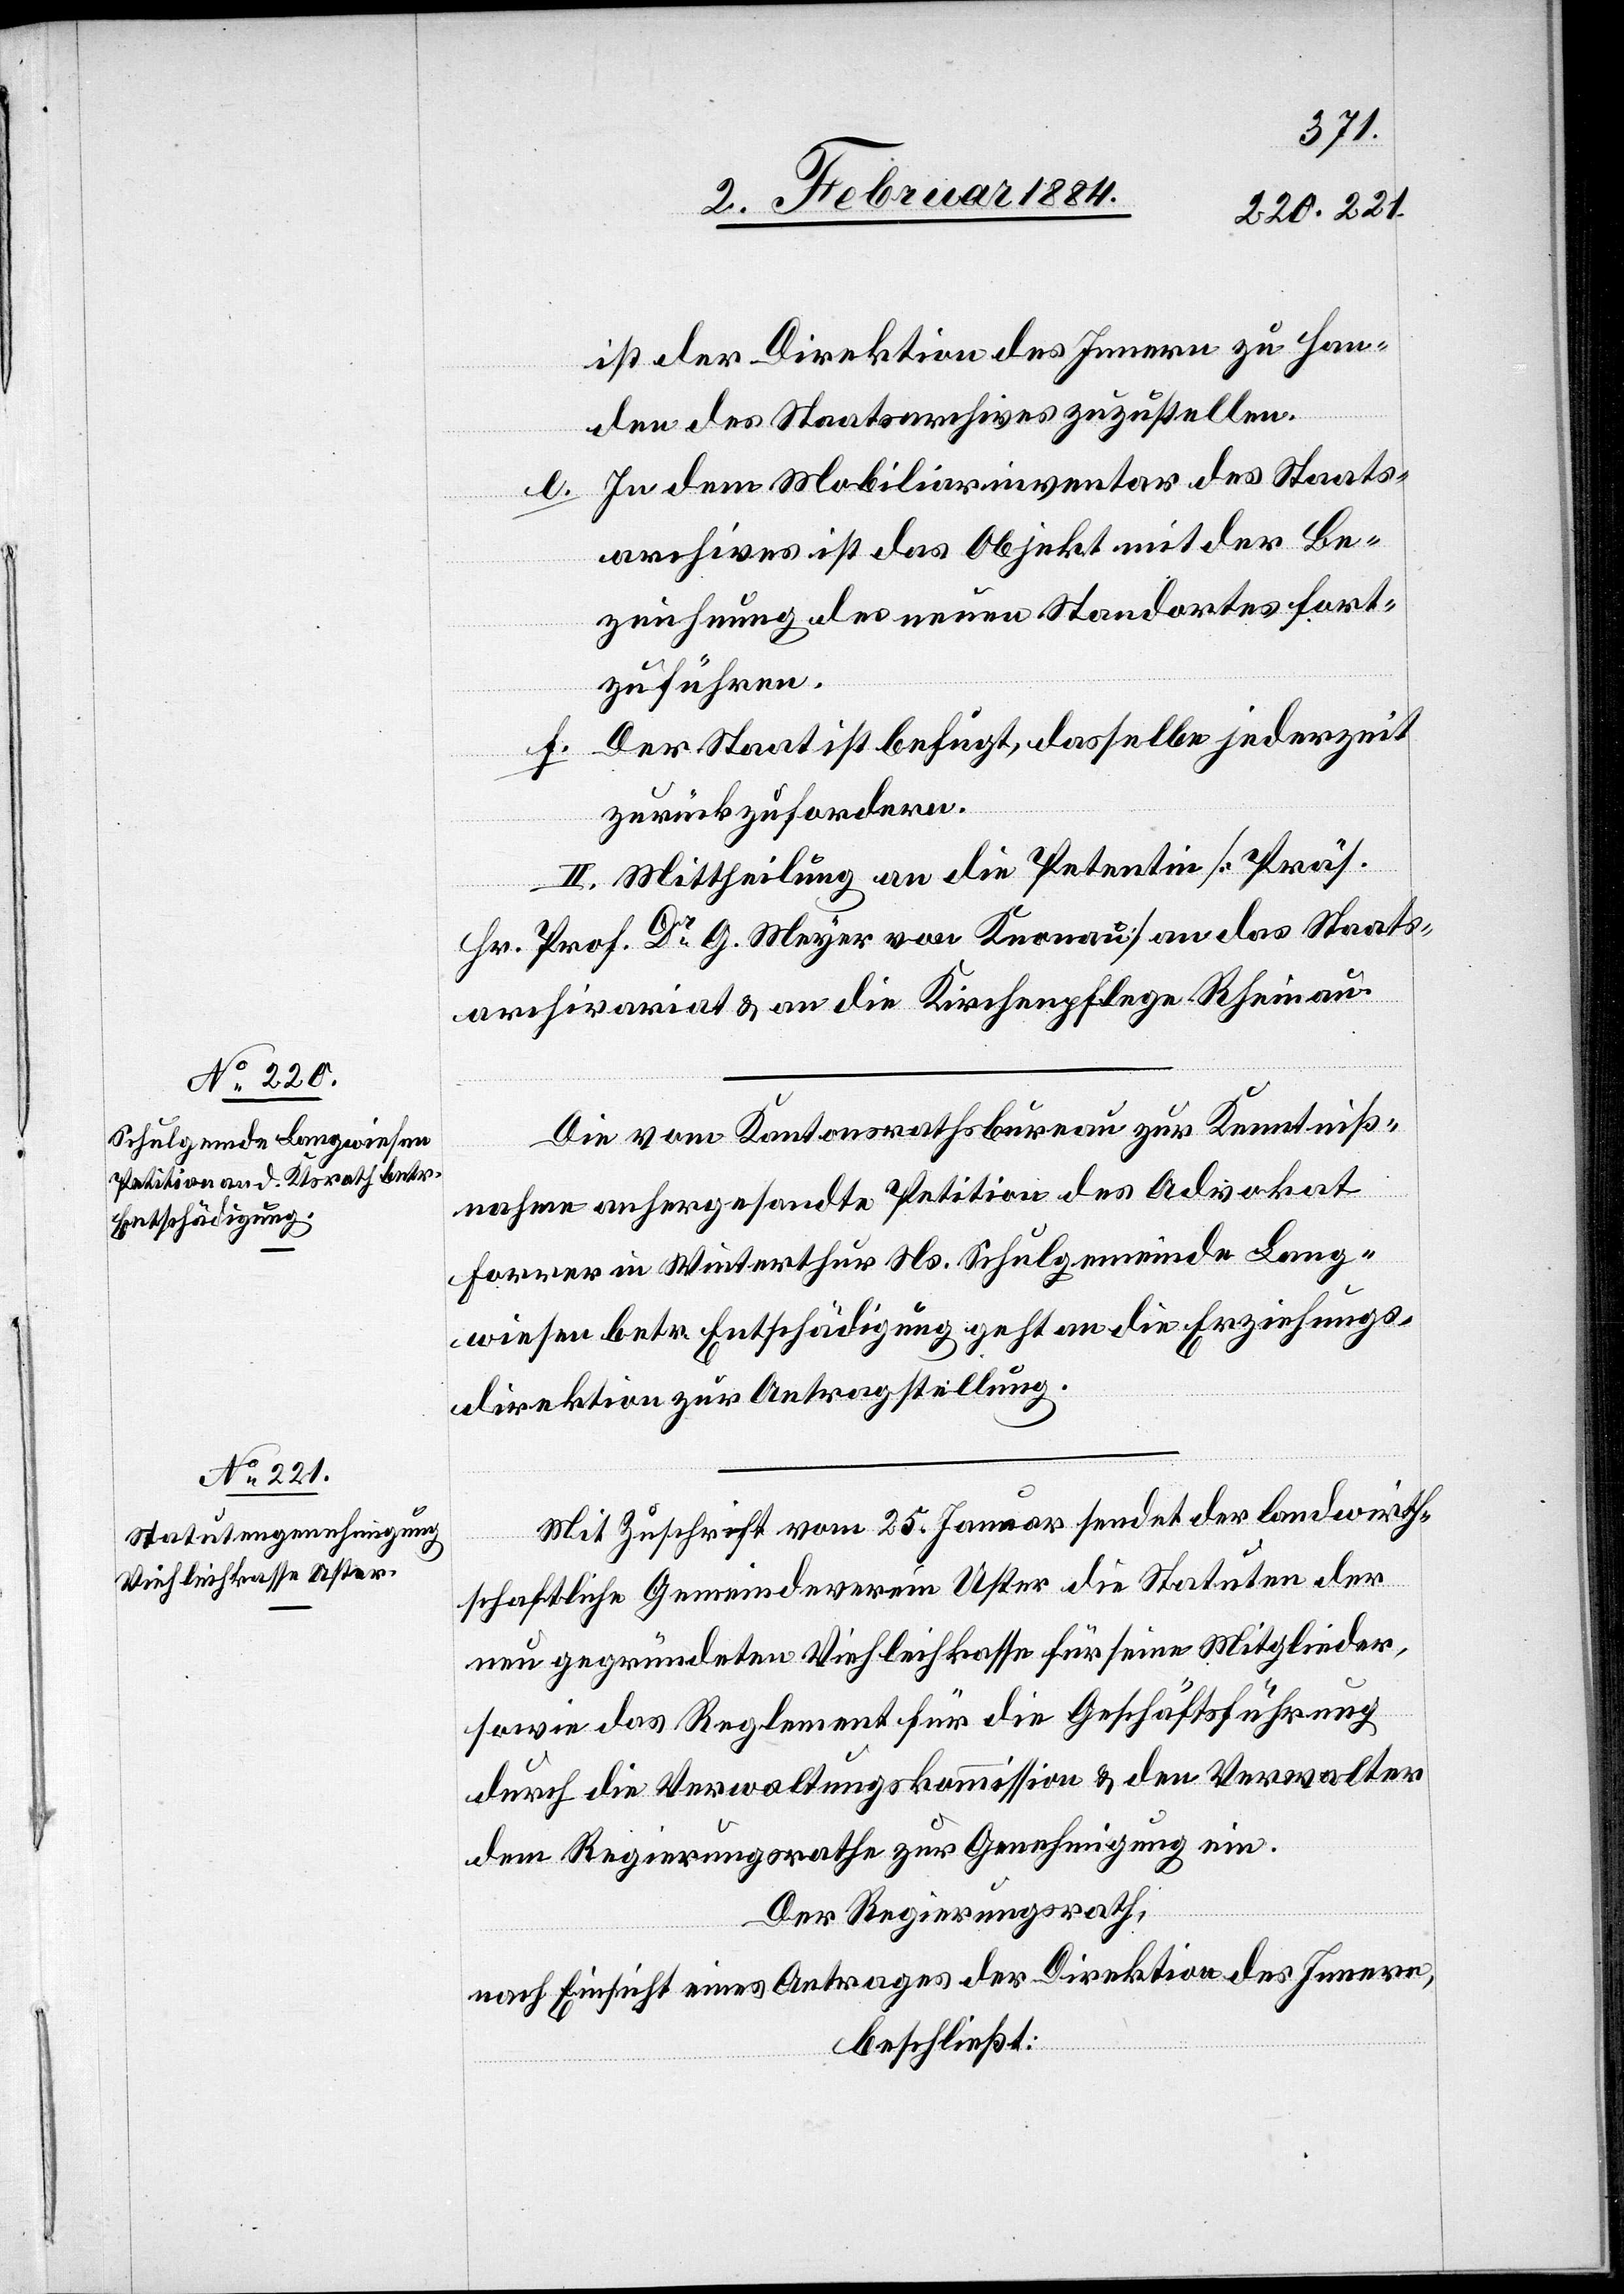
ist der Direktion des Innern zu Han¬
den des Staatsarchives zuzustellen.
In dem Mobiliarinventar des Staats¬
archives ist das Objekt mit der Be¬
zeichnung des neuen Standortes fort¬
zuführen.
Der Staat ist befugt, dasselbe jederzeit
f.
zurückzufordern.
II. Mittheilung an die Petentin [Präs.
Hr. Prof. Dr G. Meyer von Knonau] an das Staats¬
archivariat & an die Kirchenpflege Rheinau.
Die vom Kantonsrathsbureau zur Kenntniß¬
nahme anhergesandte Petition des Advokat
Forrer in Winterthur Ns. Schulgemeinde Lang¬
wiesen betr. Entschädigung geht an die Erziehungs¬
direktion zur Antragstellung.
Mit Zuschrift vom 25. Januar sendet der landwirth¬
schaftliche Gemeindeverein Uster die Statuten der
neu gegründeten Viehleikasse für seine Mitglieder,
sowie das Reglement für die Geschäftsführung
durch die Verwaltungskommission & den Verwalter
dem Regierungsrathe zur Genehmigung ein.
Der Regierungsrath,
nach Einsicht eines Antrages der Direktion des Innern,
beschließt: